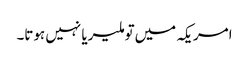
امریکہ میں‌تو ملیریا نہیں ہوتا۔